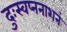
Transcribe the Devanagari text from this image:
दुःस्वप्ननाशनं